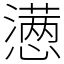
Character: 懑